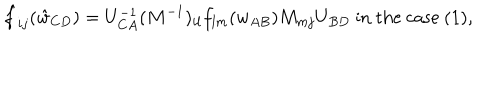
\hat { f } _ { i j } ( \hat { w } _ { C D } ) = U _ { C A } ^ { - 1 } ( M ^ { - 1 } ) _ { i l } f _ { l m } ( w _ { A B } ) M _ { m j } U _ { B D } \mathrm { ~ i n ~ t h e ~ c a s e ~ ( 1 ) , ~ }